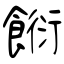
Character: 餰